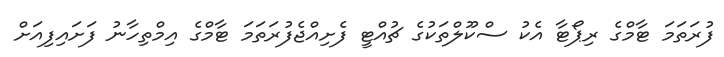
ފުރަތަމަ ޓާމްގެ ރިޕޯޓާ އެކު ސްކޫލްތަކުގެ ޗުއްޓީ ފެށިއްޖެފުރަތަމަ ޓާމްގެ އިމްތިހާނު ފަށައިފިއަށް